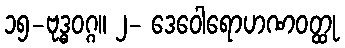
၁၅-ဗုဒ္ဓဝဂ္ဂ။ ၂- ဒေဝေါရောဟဏဝတ္ထု